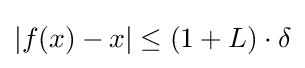
|f(x)-x|\leq (1+L)\cdot \delta